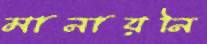
মানায়নি